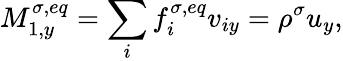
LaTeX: M_{1,y}^{\sigma,eq}=\sum_{i}f_{i}^{\sigma,eq}v_{iy}=\rho^{\sigma}u_{y},